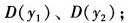
D(y_{1})、D(y_{2})；